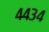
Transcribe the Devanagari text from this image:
४४३४